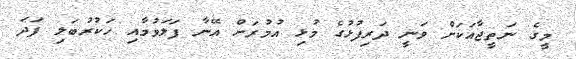
މީގެ ނަތީޖާއަކަށް ވަނީ ދަރިފުޅުގެ މުޅި އުމުރަށް އޭނާ ފަލަވުމާއި ހަކުރުބަލި ފަދަ